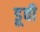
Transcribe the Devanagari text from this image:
डूवी